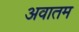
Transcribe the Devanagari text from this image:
अवातम